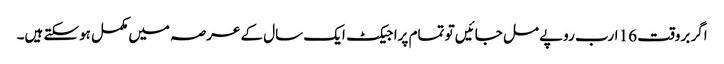
اگر بروقت 16 ارب روپے مل جائیں تو تمام پراجیکٹ ایک سال کے عرصہ میں مکمل ہوسکتے ہیں۔